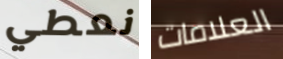
نعطي العلامات